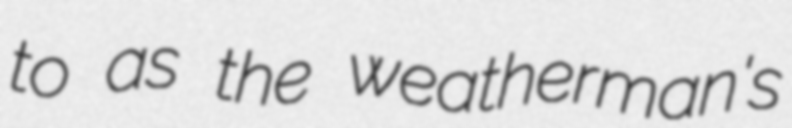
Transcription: to as the weatherman's